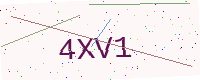
Text: 4XV1